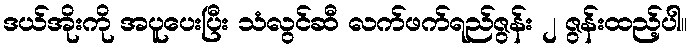
ဒယ်အိုးကို အပူပေးပြီး သံလွင်ဆီ လက်ဖက်ရည်ဇွန်း ၂ ဇွန်းထည့်ပါ။